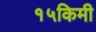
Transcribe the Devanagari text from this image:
१५किमी